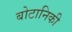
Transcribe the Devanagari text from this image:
बोटानिकी